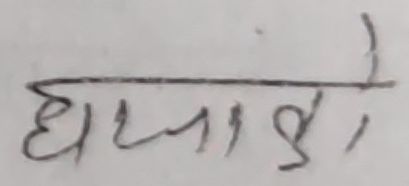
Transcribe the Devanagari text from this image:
घटाइयो।